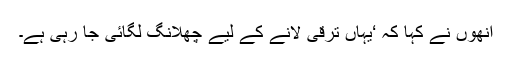
انھوں نے کہا کہ ‘یہاں ترقی لانے کے لیے چھلانگ لگائی جا رہی ہے۔